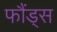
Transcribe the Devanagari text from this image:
फौंड्स